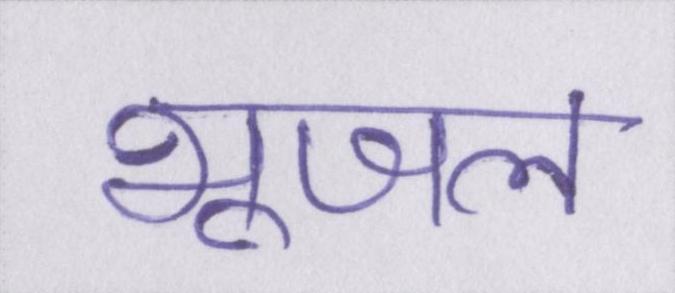
भूजल